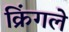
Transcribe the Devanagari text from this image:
क्रिंगले